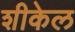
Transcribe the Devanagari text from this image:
शीकेल